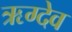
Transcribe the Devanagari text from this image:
ऋग्देव